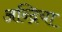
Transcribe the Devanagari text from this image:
अन्द्रिया